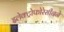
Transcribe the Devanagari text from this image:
इलेक्ट्रोफोरेसीनने